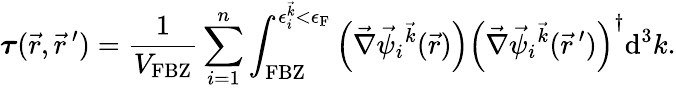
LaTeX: \boldsymbol{\tau}(\vec{r},\vec{r}\, ^{\prime})=\frac{1}{V_{\textrm{FBZ}}}\sum_{i=1}^{n}\int_{\textrm{FBZ}}^{\epsilon_{i}^{\vec{k}}<\epsilon_{\textrm{F}}}\left(\vec{\nabla}\vec{\psi}_{i}{^{\vec{k}}}(\vec{r})\right)\left(\vec{\nabla}\vec{\psi}_{i}{^{\vec{k}}}(\vec{r}\, ^{\prime})\right)^{\dagger}\mathrm{d}^{3}k.